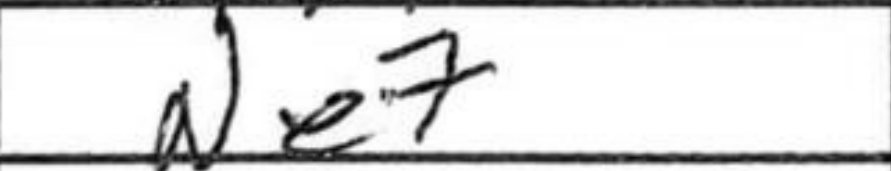
Transcription: Ne7